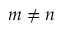
m \neq n